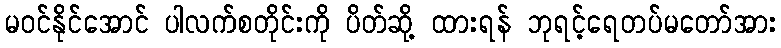
မဝင်နိုင်အောင် ပါလက်စတိုင်းကို ပိတ်ဆို့ ထားရန် ဘုရင့်ရေတပ်မတော်အား